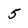
Character: 5